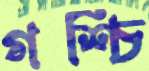
গশ্চি